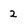
Character: 2